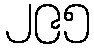
၂၉၅